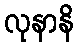
လုနာနိ